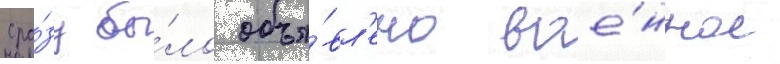
сра́зу бы́ло объя́вл'ено вое́нное